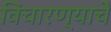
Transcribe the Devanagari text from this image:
विचारण्याचे